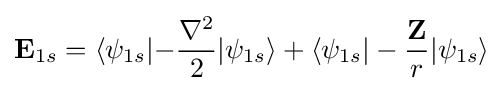
\mathbf {E} _{1s}=\langle \psi _{1s}|\mathbf {-} {\frac {\nabla ^{2}}{2}}|\psi _{1s}\rangle +\langle \psi _{1s}|-{\frac {\mathbf {Z} }{r}}|\psi _{1s}\rangle